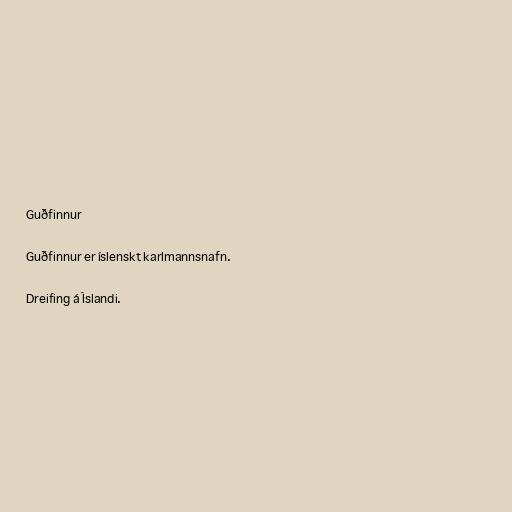
Guðfinnur

Guðfinnur er íslenskt karlmannsnafn.

Dreifing á Íslandi.